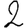
Digit: 2